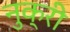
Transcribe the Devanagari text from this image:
नुक्री